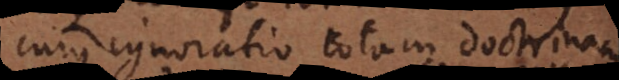
cujus ignoratio totam doctrinam